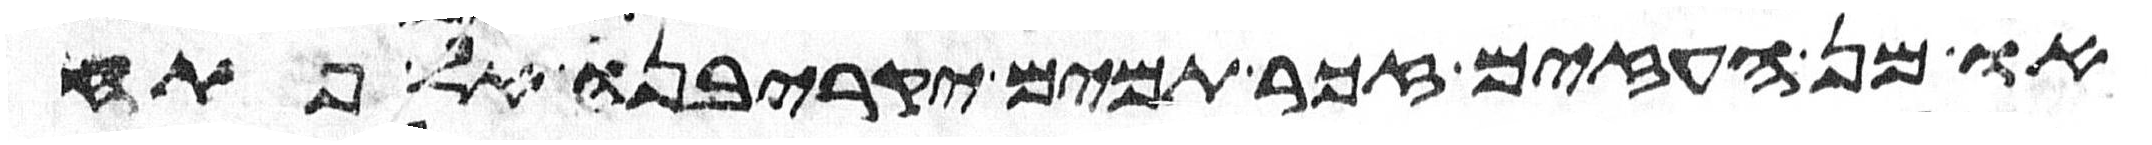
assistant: או מן העזים זכר תמים יקריבנו אל פתח